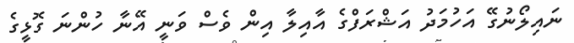
ނައިލޯނުގޭ އަހުމަދު އަޝްރަފްގެ އާއިލާ އިން ވެސް ވަނީ އޭނާ ހުންނަ ގޮޅީގެ